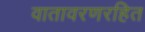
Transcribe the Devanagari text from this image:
वातावरणरहित